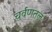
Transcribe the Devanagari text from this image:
चर्वणतल